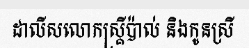
ដាលីសលោកស្គ្រីប៉ាល់ និងកូនស្រី